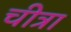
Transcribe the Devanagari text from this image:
चीत्रा